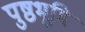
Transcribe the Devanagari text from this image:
पुष्ठभूमि